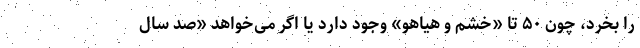
را بخرد، چون ۵۰ تا «خشم و هیاهو» وجود دارد یا اگر می‌خواهد «صد سال